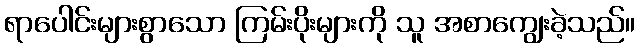
ရာပေါင်းများစွာသော ကြမ်းပိုးများကို သူ အစာကျွေးခဲ့သည်။